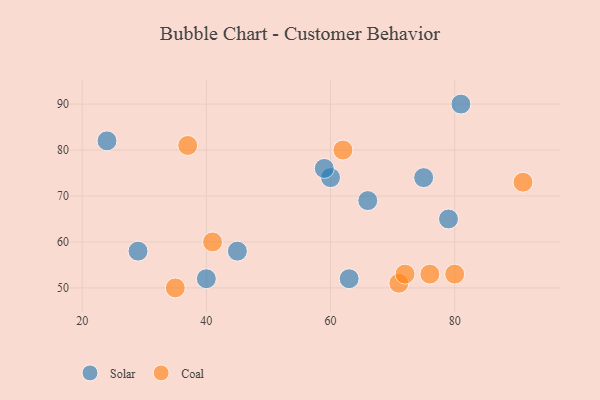
{"axis": {"x": "GDP", "y": "Life Expectancy"}, "legend": ["Coal", "Solar"], "data": [{"x": "45", "y": 58, "type": "Solar"}, {"x": "60", "y": 74, "type": "Solar"}, {"x": "59", "y": 76, "type": "Solar"}, {"x": "29", "y": 58, "type": "Solar"}, {"x": "75", "y": 74, "type": "Solar"}, {"x": "81", "y": 90, "type": "Solar"}, {"x": "66", "y": 69, "type": "Solar"}, {"x": "24", "y": 82, "type": "Solar"}, {"x": "79", "y": 65, "type": "Solar"}, {"x": "40", "y": 52, "type": "Solar"}, {"x": "63", "y": 52, "type": "Solar"}, {"x": "62", "y": 80, "type": "Coal"}, {"x": "91", "y": 73, "type": "Coal"}, {"x": "80", "y": 53, "type": "Coal"}, {"x": "35", "y": 50, "type": "Coal"}, {"x": "71", "y": 51, "type": "Coal"}, {"x": "72", "y": 53, "type": "Coal"}, {"x": "76", "y": 53, "type": "Coal"}, {"x": "37", "y": 81, "type": "Coal"}, {"x": "41", "y": 60, "type": "Coal"}]}